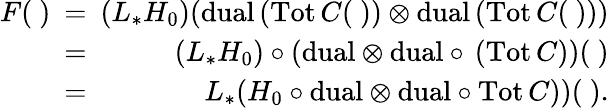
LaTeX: \begin{array}{rlr}{F(\ )\! \! \! }&{=}&{\! \! \! (L_{*}H_{0})(\mathrm{dual}\, (\mathrm{Tot}\, C(\ ))\otimes\mathrm{dual}\, (\mathrm{Tot}\, C(\ )))}\\ {\! \! \! }&{=}&{\! \! \! (L_{*}H_{0})\circ(\mathrm{dual}\otimes\mathrm{dual}\circ\, (\mathrm{Tot}\, C))(\ )}\\ {\! \! \! }&{=}&{\! \! \! L_{*}(H_{0}\circ\mathrm{dual}\otimes\mathrm{dual}\circ\mathrm{Tot}\, C))(\ ).}\end{array}